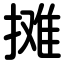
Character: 摊